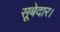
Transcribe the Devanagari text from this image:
सूबेदार।